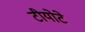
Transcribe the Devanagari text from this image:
टीयोटे